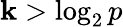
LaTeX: \mathbf{k}>\log_{2}p